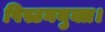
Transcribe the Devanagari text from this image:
पिस्टनयुक्त।